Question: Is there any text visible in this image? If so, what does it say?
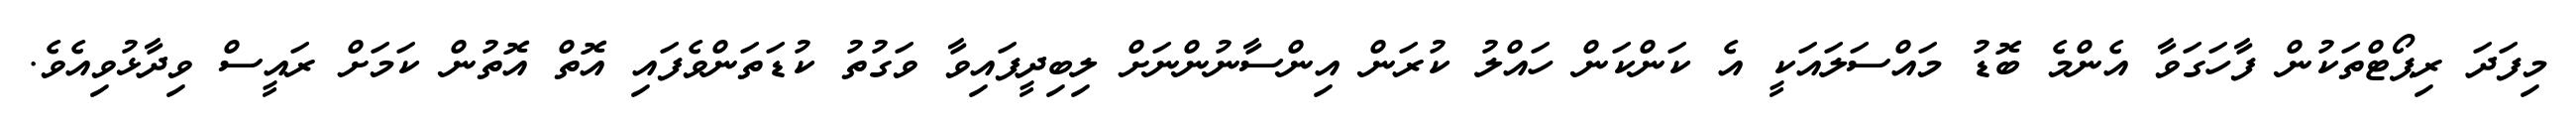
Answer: މިފަދަ ރިޕޯޓްތަކުން ފާހަގަވާ އެންމެ ބޮޑު މައްސަލައަކީ އެ ކަންކަން ހައްލު ކުރަން އިންސާނުންނަށް ލިބިދީފައިވާ ވަގުތު ކުޑަތަންވެފައި އޮތް އޮތުން ކަމަށް ރައީސް ވިދާޅުވިއެވެ.